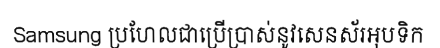
Samsung ប្រហែលជាប្រើប្រាស់នូវសេនស័រអុបទិក